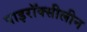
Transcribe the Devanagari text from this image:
पाइरॉक्सीलीन